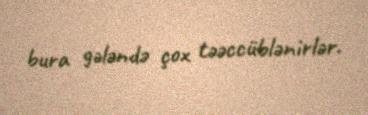
bura gələndə çox təəccüblənirlər.